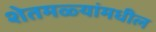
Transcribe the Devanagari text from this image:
शेतमळ्यांमधील